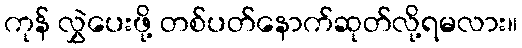
ကုန် လွှဲပေးဖို့ တစ်ပတ်နောက်ဆုတ်လို့ရမလား။